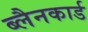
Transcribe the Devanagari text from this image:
ब्लैनकार्ड